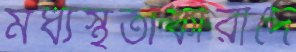
মধ্যস্থতাকারীদে